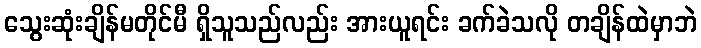
သွေးဆုံးချိန်မတိုင်မီ ရှိသူသည်လည်း အားယူရင်း ခက်ခဲသလို တချိန်ထဲမှာဘဲ